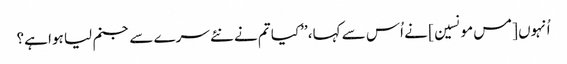
اُنہوں [مس مونسین] نے اُس سے کہا، ’’کیا تم نے نئے سرے سے جنم لیا ہوا ہے؟